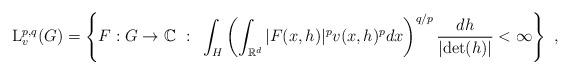
LaTeX: \begin{align*}{\rm L}^{p,q}_v (G) = \left\{ F: G \to \mathbb{C}~:~\int_H \left(\int_{\mathbb{R}^d} |F(x,h)|^p v(x,h)^p dx \right)^{q/p} \frac{dh}{|{\rm det}(h)|} < \infty\right\}~,\end{align*}